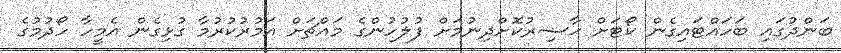
ބަންދުގައި ބަހައްޓައިގެން ކޯޓަށް ޙާޟިރުކޮށްދިނުމަށް ފުލުހުންގެ މައްޗަށް އަމުރުކުރުމާ ގުޅިގެން އެމީހާ ހޯދުމުގެ